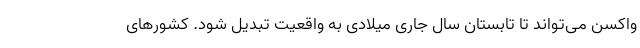
واکسن می‌تواند تا تابستان سال جاری میلادی به واقعیت تبدیل شود. کشورهای